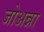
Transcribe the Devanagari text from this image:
जोअन्ना